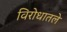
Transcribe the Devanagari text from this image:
विरोधातले